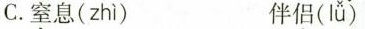
C.窒息( zhì ) 伴侣( lǚ )